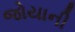
જોયાની